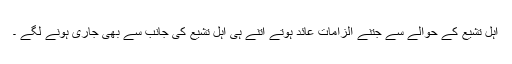
اہل تشیع کے حوالے سے جتنے الزامات عائد ہوتے اتنے ہی اہل تشیع کی جانب سے بھی جاری ہونے لگے ۔